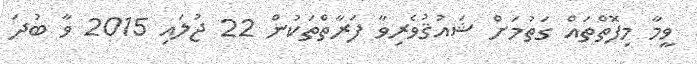
ވީމާ މިފޮތްތައް ގަތުމަށް ޝައުޤުވެރިވާ ފަރާތްތަކުން 22 ޖުލައި 2015 ވާ ބުދަ